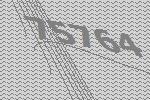
75764